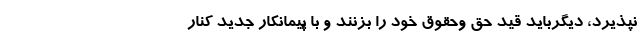
نپذیرد، دیگرباید قیدِ حق وحقوقِ خود را بزنند و با پیمانکار جدید کنار